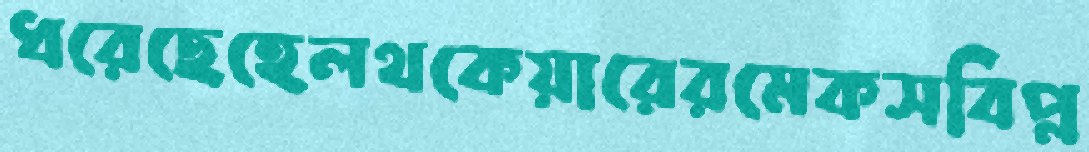
ধরেছেহেলথকেয়ারেরমেকসবিপ্ল